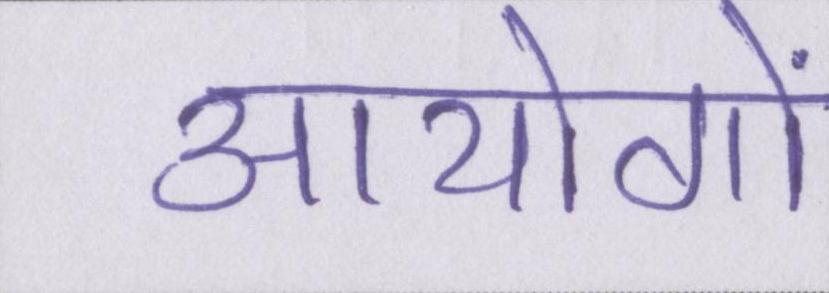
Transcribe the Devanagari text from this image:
आयोगों